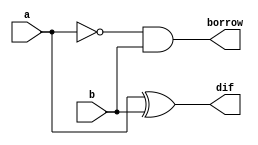
module halfsubtractor_gl(a, b, dif, borrow);
input a, b;
output dif, borrow;
wire w1;
not n1(w1, a);
xor x1(dif, a, b);
and a1(borrow, w1, b);
endmodule

module halfsubtractor_tb;
reg x, y;
wire d, b;
halfsubtractor_gl h1(x, y, d, b);
initial
begin
    x=1'b0;
    y=1'b0;
    $monitor("Time=%0t a=%b b=%b dif=%b borrow=%b", $time, x, y, d, b);
    #5 x=1'b0; y=1'b0;
    #5 x=1'b0; y=1'b1;
    #5 x=1'b1; y=1'b0;
    #5 x=1'b1; y=1'b1;
end
endmodule